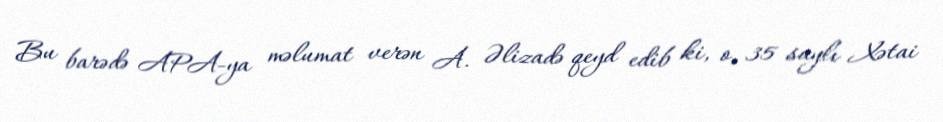
Bu barədə APA-ya məlumat verən A. Əlizadə qeyd edib ki, o, 35 saylı Xətai